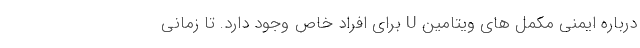
درباره ایمنی مکمل های ویتامین U برای افراد خاص وجود دارد. تا زمانی